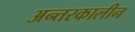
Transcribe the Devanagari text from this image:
अन्तरकालीन